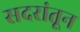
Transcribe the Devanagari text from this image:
सदरांतून